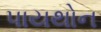
પાયથોન